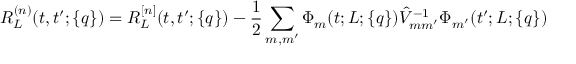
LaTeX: R _ { L } ^ { ( n ) } ( t , t ^ { \prime } ; \{ q \} ) = R _ { L } ^ { [ n ] } ( t , t ^ { \prime } ; \{ q \} ) - \frac { 1 } { 2 } \sum _ { m , m ^ { \prime } } \Phi _ { m } ( t ; L ; \{ q \} ) \hat { V } _ { m m ^ { \prime } } ^ { - 1 } \Phi _ { m ^ { \prime } } ( t ^ { \prime } ; L ; \{ q \} )